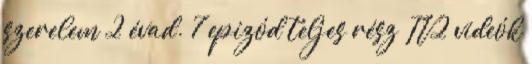
szerelem 2 évad. 7 epizód teljes rész TV2 videók